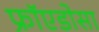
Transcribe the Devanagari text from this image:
फ्रॉएडोसा